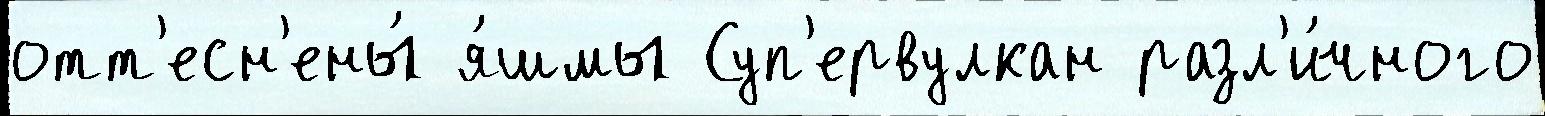
отт'есн'ены́ я́шмы Суп'ервулкан разл'и́чного